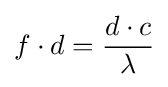
f\cdot d={\frac {d\cdot c}{\lambda }}